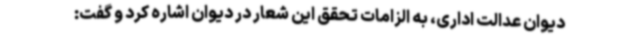
دیوان عدالت اداری، به الزامات تحقق این شعار در دیوان اشاره کرد و گفت: